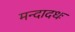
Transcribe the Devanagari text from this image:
मन्दादधः